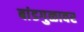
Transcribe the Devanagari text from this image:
बांडगुळावर